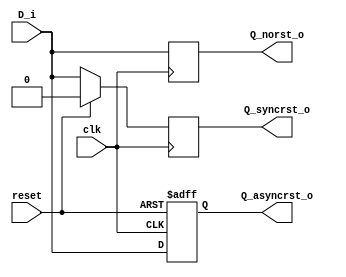
`timescale 1ns / 1ps
//////////////////////////////////////////////////////////////////////////////////
// Company: 
// Engineer: 
// 
// Design Name: 
// Module Name: Day_02
// Project Name: 
// Target Devices: 
// Tool Versions: 
// Description: 
// 
// Dependencies: 
// 
// Revision:
// Revision 0.01 - File Created
// Additional Comments:
// 
//////////////////////////////////////////////////////////////////////////////////

//Flavours of D Flip Flop
module Day_02(
input clk,reset,
input D_i,
output reg Q_norst_o,
output reg Q_syncrst_o,
output reg Q_asyncrst_o
    );
    
    always @(posedge clk)
     begin
       Q_norst_o <= D_i;
     end
    
  always @(posedge clk)
   begin
    if(reset==1'b1)
    begin
    Q_syncrst_o<= 1'b0;
    end
    else
    begin
    Q_syncrst_o<=D_i;
    end
   end
    
    
  always @(posedge clk or posedge reset)
   begin
     if(reset==1'b1)
    begin
    Q_asyncrst_o<= 1'b0;
    end
    else
    begin
    Q_asyncrst_o<=D_i;
    end
   end
    
endmodule